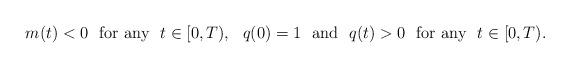
LaTeX: \begin{align*}m(t)<0~~{\rm for~any}~~t\in [0,T),~~q(0)=1~~{\rm and}~~q(t)>0~~{\rm for~any}~~t\in [0,T).\end{align*}